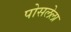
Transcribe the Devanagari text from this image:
पोसलेला